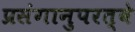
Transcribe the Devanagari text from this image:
प्रसंगानुपरत्वे